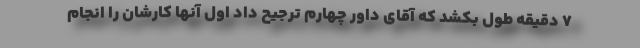
۷ دقیقه طول بکشد که آقای داور چهارم ترجیح داد اول آنها کارشان را انجام